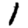
Digit: 1